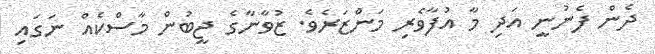
ދެން ފެނުނީ އަދި މާ އުފާވެރި މަންޒަރެވެ. ޒުވާނާގެ ޖީބުން މާސްކެއް ނަގައި